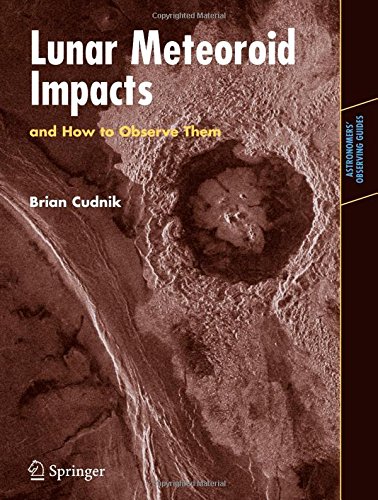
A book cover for Lunar Meteoroid Impacts and How to Observe Them (Astronomers' Observing Guides); Brian Cudnik; Science & Math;